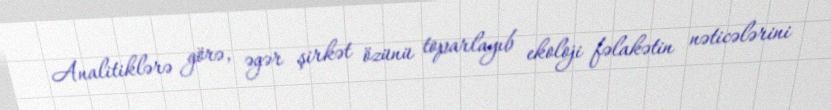
Analitiklərə görə, əgər şirkət özünü toparlayıb ekoloji fəlakətin nəticələrini